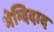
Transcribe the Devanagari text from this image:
भेम्दिदाद